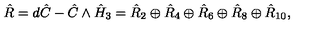
\hat { R } = d \hat { C } - \hat { C } \wedge \hat { H } _ { 3 } = \hat { R } _ { 2 } \oplus \hat { R } _ { 4 } \oplus \hat { R } _ { 6 } \oplus \hat { R } _ { 8 } \oplus \hat { R } _ { 1 0 } ,